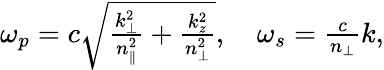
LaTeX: \begin{array}{r}{\omega_{p}=c\sqrt{\frac{k_{\perp}^{2}}{n_{\parallel}^{2}}+\frac{k_{z}^{2}}{n_{\perp}^{2}}},\quad\omega_{s}=\frac{c}{n_{\perp}}k,}\end{array}